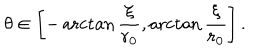
\theta \in \left[ - \operatorname { a r c t a n } { \frac { \xi } { r _ { 0 } } } , \operatorname { a r c t a n } { \frac { \xi } { r _ { 0 } } } \right] .